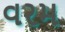
વરમ